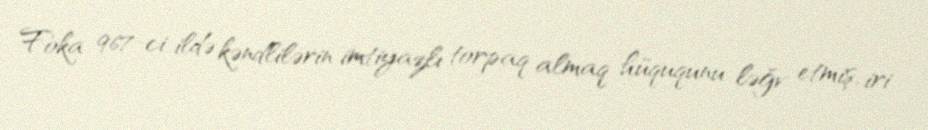
Foka 967-ci ildə kəndlilərin imtiyazlı torpaq almaq hüququnu ləğv etmiş, iri